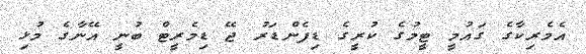
އެމެރިކާގެ ގައުމީ ޓީމުގެ ކުރީގެ ޑިފެންޑަރު ޖޭ ޑިމެރީޓް ބުނީ އޭނާގެ މުޅި